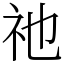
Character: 祂